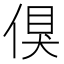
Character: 𠋬